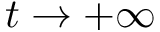
t \to + \infty